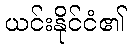
ယင်းနိုင်ငံ၏